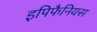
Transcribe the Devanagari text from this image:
इपिफैनियस